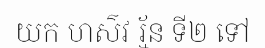
យក ហស៌វ រ្ម័ន ទី២ ទៅ